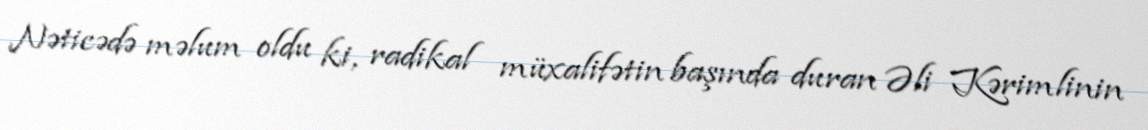
Nəticədə məlum oldu ki, radikal müxalifətin başında duran Əli Kərimlinin